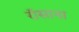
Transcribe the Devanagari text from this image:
रॉसाना